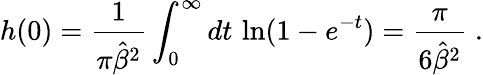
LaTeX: h(0)={\frac{1}{\pi{\hat{\beta}}^{2}}}\int_{0}^{\infty}dt\, \ln(1-e^{-t})=\frac{\pi}{6{\hat{\beta}}^{2}}\; .